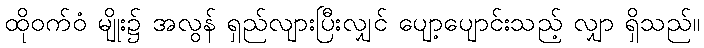
ထိုဝက်ဝံ မျိုး၌ အလွန် ရှည်လျားပြီးလျှင် ပျော့ပျောင်းသည့် လျှာ ရှိသည်။